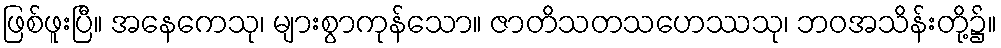
ဖြစ်ဖူးပြီ။ အနေကေသု၊ များစွာကုန်သော။ ဇာတိသတသဟေဿသု၊ ဘဝအသိန်းတို့၌။